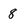
Character: 8